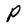
Character: P